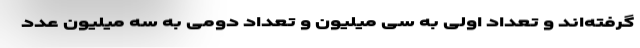
گرفته‌اند و تعداد اولی به سی میلیون و تعداد دومی به سه میلیون عدد